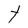
Character: t